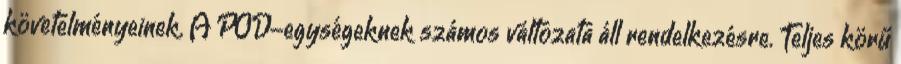
követelményeinek. A POD-egységeknek számos változata áll rendelkezésre. Teljes körű